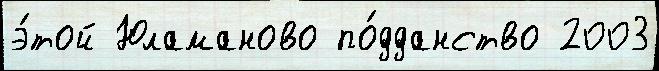
э́той Юламаново по́дданство 2003